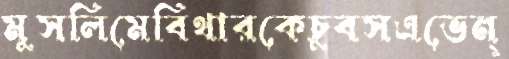
মুসলিমেবিথারকেচুবসএভেন্